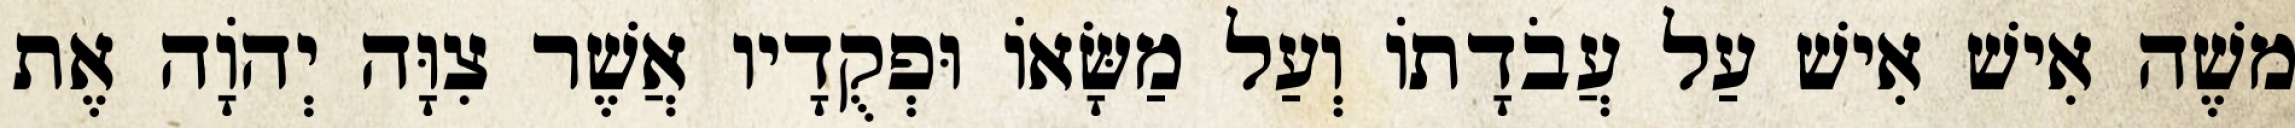
משֶׁה אִישׁ אִישׁ עַל עֲבֹדָתוֹ וְעַל מַשָּׂאוֹ וּפְקֻדָיו אֲשֶׁר צִוָּה יְהוָֹה אֶת